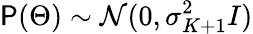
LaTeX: \mathsf{P}(\Theta)\sim\mathcal{{N}}(0,\sigma_{K+1}^{2}I)